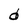
Character: d